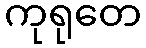
ကုရုတေ